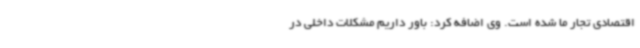
اقتصادی تجار ما شده است. وی اضافه کرد: باور داریم مشکلات داخلی در